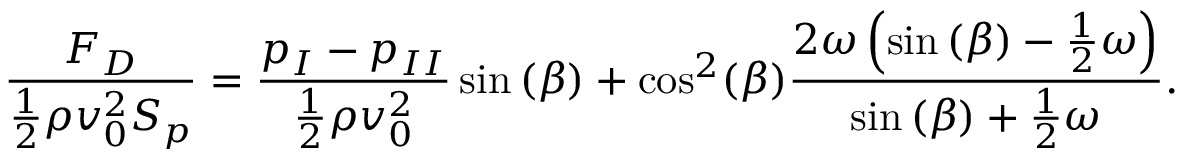
\frac { F _ { D } } { \frac { 1 } { 2 } \rho v _ { 0 } ^ { 2 } S _ { p } } = { } \frac { { p _ { I } } - { p _ { I I } } } { \frac { 1 } { 2 } \rho v _ { 0 } ^ { 2 } } \sin { ( \beta ) } + \cos ^ { 2 } ( \beta ) \frac { 2 \omega \left( \sin { ( \beta ) } - \frac { 1 } { 2 } \omega \right) } { \sin { ( \beta ) } + \frac { 1 } { 2 } \omega } .